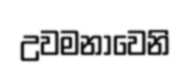
උවමනාවෙනි